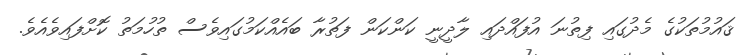
ޤައުމުތަކުގެ މެދުގައި ފިތުނަ އުފައްދައި ލާދީނީ ކަންކަން ފަތުރާ ބައެއްކަމުގައިވެސް ތުހުމަތު ކޮށްފައިވެއެވެ.